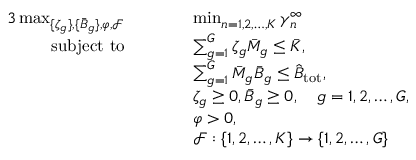
\begin{array} { r l r l r l } { { 3 } \operatorname* { m a x } _ { \{ \zeta _ { g } \} , \{ \ensuremath { \bar { B } } _ { g } \} , \varphi , \mathcal { F } } } & { \quad } & & { \operatorname* { m i n } _ { n = 1 , 2 , \ldots , K } \gamma _ { n } ^ { \infty } } & \\ { \mathrm { s u b j e c t ~ t o } } & { } & & { \sum _ { g = 1 } ^ { G } \zeta _ { g } \ensuremath { \bar { M } } _ { g } \le \ensuremath { \bar { K } } , } & \\ & { } & & { \sum _ { g = 1 } ^ { G } \ensuremath { \bar { M } } _ { g } \ensuremath { \bar { B } } _ { g } \le \ensuremath { \hat { B } _ { \mathrm { t o t } } } , } & & { } \\ & { } & & { \zeta _ { g } \ge 0 , \ensuremath { \bar { B } } _ { g } \ge 0 , \quad g = 1 , 2 , \ldots , G , } & \\ & { } & & { \varphi > 0 , } & \\ & { } & & { \mathcal { F } : \{ 1 , 2 , \ldots , K \} \to \{ 1 , 2 , \ldots , G \} } & \end{array}